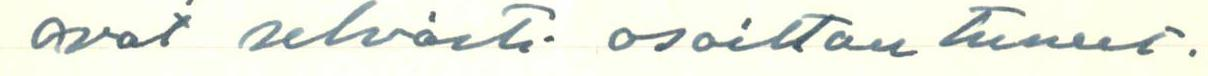
ovat selvästi osoittaneet.